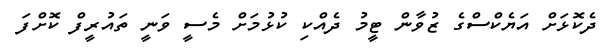
ދެކޮޅަށް އަޔެކްސްގެ ޒުވާން ޓީމު ދެއްކި ކުޅުމަށް މެސީ ވަނީ ތައުރީފް ކޮށްފަ